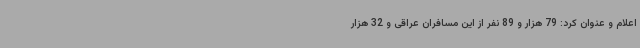
اعلام و عنوان کرد: 79 هزار و 89 نفر از این مسافران عراقی و 32 هزار